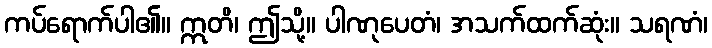
ကပ်ရောက်ပါ၏။ ဣတိ၊ ဤသို့။ ပါဏုပေတံ၊ အသက်ထက်ဆုံး။ သရဏံ၊